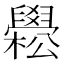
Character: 𦦵